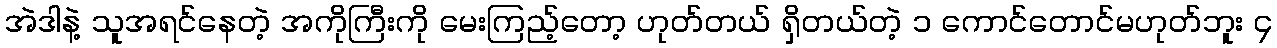
အဲဒါနဲ့ သူအရင်နေတဲ့ အကိုကြီးကို မေးကြည့်တော့ ဟုတ်တယ် ရှိတယ်တဲ့ ၁ ကောင်တောင်မဟုတ်ဘူး ၄